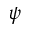
\psi